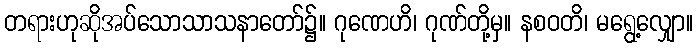
တရားဟုဆိုအပ်သောသာသနာတော်၌။ ဂုဏေဟိ၊ ဂုဏ်တို့မှ။ နစဝတိ၊ မရွေ့လျှော။